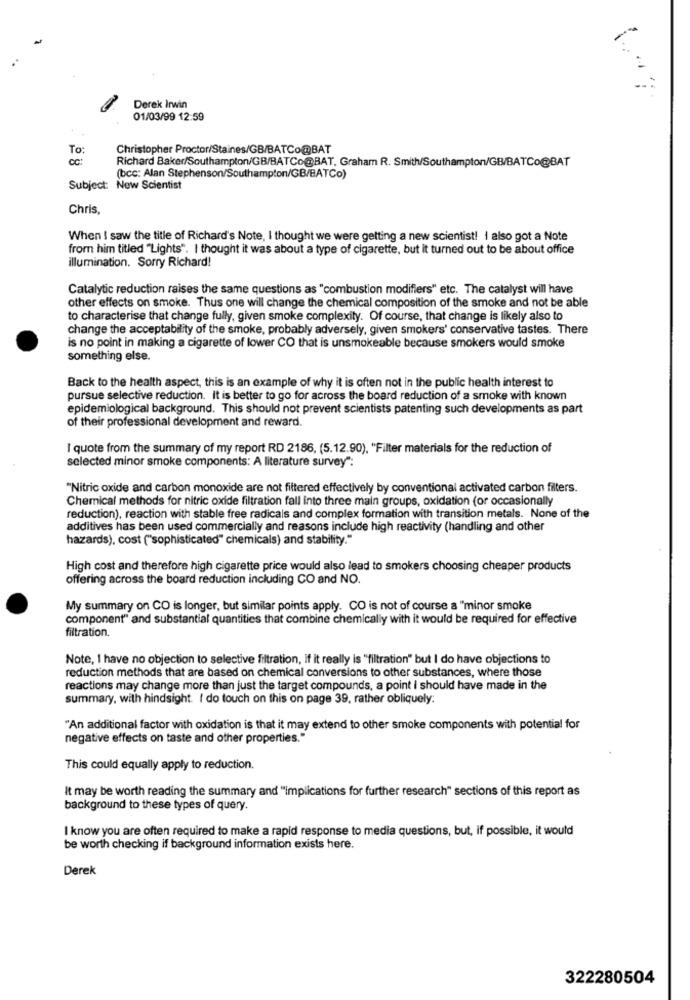
Derek Irwin
01/03/99 12:59
To
Christopher Proctor/Staines/GB/BATCo@BAT
DC :
Richard Baker/Southampton/GB/BATCo@BAT, Graham R. Smith/Southampton/GB/BATCo@BAT
(bcc: Alan Stephenson/Southampton/GB/BATCo)
Subject: New Scientist
Chris,
When I saw the title of Richard's Note, I thought we were getting a new scientist! I also got a Note
from him titled "Lights". I thought it was about a type of cigarette, but it turned out to be about office
illumination. Sorry Richard!
Catalytic reduction raises the same questions as "combustion modifiers" etc. The catalyst will have
other effects on smoke. Thus one will change the chemical composition of the smoke and not be able
to characterise that change fully, given smoke complexity. Of course, that change is likely also to
change the acceptability of the smoke, probably adversely, given smokers' conservative tastes. There
is no point in making a cigarette of lower CO that is unsmokeable because smokers would smoke
something else.
Back to the health aspect, this is an example of why it is often not in the public health interest to
pursue selective reduction. It is better to go for across the board reduction of a smoke with known
epidemiological background. This should not prevent scientists patenting such developments as part
of their professional development and reward.
I quote from the summary of my report RD 2186, (5.12.90), "Filter materials for the reduction of
selected minor smoke components: A literature survey":
"Nitric oxide and carbon monoxide are not filtered effectively by conventional activated carbon filters.
Chemical methods for nitric oxide filtration fall into three main groups, oxidation (or occasionally
reduction), reaction with stable free radicals and complex formation with transition metals. None of the
additives has been used commercially and reasons include high reactivity (handling and other
hazards), cost ("sophisticated" chemicals) and stability."
High cost and therefore high cigarette price would also lead to smokers choosing cheaper products
offering across the board reduction including CO and NO.
My summary on CO is longer, but similar points apply. CO is not of course a "minor smoke
component" and substantial quantities that combine chemically with it would be required for effective
filtration.
Note, 1 have no objection to selective filtration, if it really is "filtration" but I do have objections to
reduction methods that are based on chemical conversions to other substances, where those
reactions may change more than just the target compounds, a point I should have made in the
summary, with hindsight. I do touch on this on page 39, rather obliquely:
"An additional factor with oxidation is that it may extend to other smoke components with potential for
negative effects on taste and other properties."
This could equally apply to reduction.
It may be worth reading the summary and "implications for further research" sections of this report as
background to these types of query.
I know you are often required to make a rapid response to media questions, but, if possible, it would
be worth checking if background information exists here.
Derek
322280504